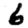
Digit: 6